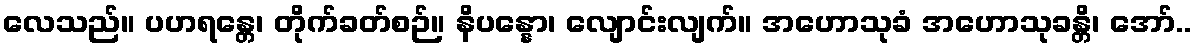
လေသည်။ ပဟရန္တေ၊ တိုက်ခတ်စဉ်။ နိပန္နော၊ လျောင်းလျက်။ အဟောသုခံ အဟောသုခန္တိ၊ အော်..